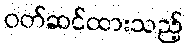
ဝတ်ဆင်ထားသည့်